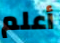
أعلم